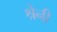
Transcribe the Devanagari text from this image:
श्रेनी